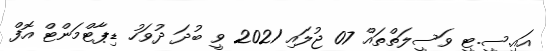
އައި.ސީ.ޓީ ވަސީލަތްތައް 07 ޖުލައި 2021 ވީ ބުދަ ދުވަހު ޑިޕާޓްމަންޓް އޮފް